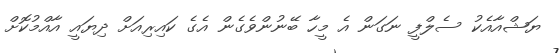
ޔަޝްއާއެކު ސެލްފީ ނަގަން އެ މީހާ ބޭނުންވެގެން އެގެ ކައިރިއަށް ދިޔައީ އާއްމުކޮށް